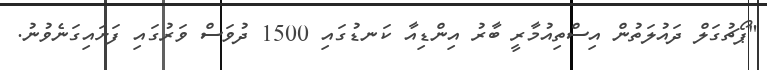
"ޕޯޗުގަލް ދައުލަތުން އިސްތިއުމާރީ ބާރު އިންޑިއާ ކަނޑުގައި 1500 ދުވަސް ވަރުގައި ފަށައިގަނެވުނު.